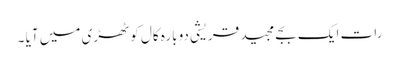
رات ایک بجے مجید قریشی دوبارہ کال کوٹھڑی میں آیا ۔